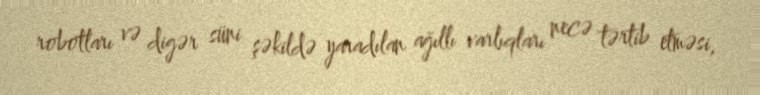
robotları və digər süni şəkildə yaradılan ağıllı varlıqları necə tərtib etməsi,